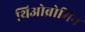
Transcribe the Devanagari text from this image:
थिओब्रोमिन